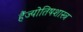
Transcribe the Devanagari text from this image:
हैंज्योतिषशास्त्र